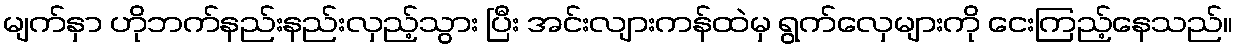
မျက်နှာ ဟိုဘက်နည်းနည်းလှည့်သွား ပြီး အင်းလျားကန်ထဲမှ ရွက်လှေများကို ငေးကြည့်နေသည်။